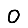
Digit: 0